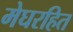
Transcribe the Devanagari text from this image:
मेघरहित